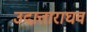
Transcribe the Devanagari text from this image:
उदात्ताराघव